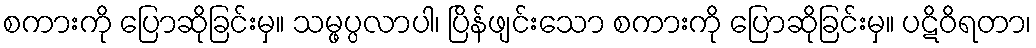
စကားကို ပြောဆိုခြင်းမှ။ သမ္ဖပ္ပလာပါ၊ ပြိန်ဖျင်းသော စကားကို ပြောဆိုခြင်းမှ။ ပဋိဝိရတာ၊